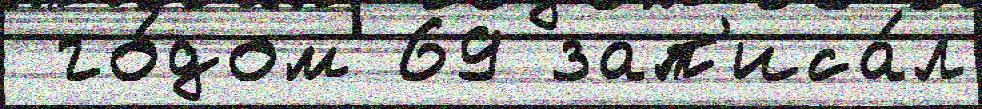
 го́дом 69 зап'иса́л